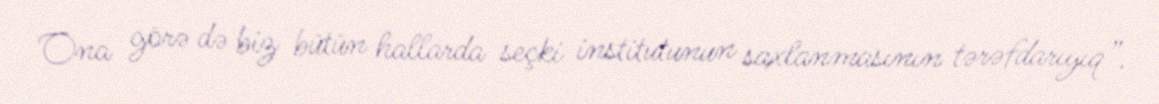
Ona görə də biz bütün hallarda seçki institutunun saxlanmasının tərəfdarıyıq”.